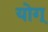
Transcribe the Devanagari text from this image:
योग्‌